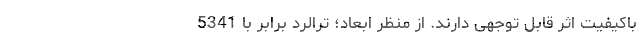
باکیفیت اثر قابل توجهی دارند. از منظر ابعاد؛ تِرالُرد برابر با 5341